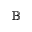
\mathbb { B }